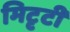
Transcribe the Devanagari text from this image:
मिटृटी